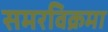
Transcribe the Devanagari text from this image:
समरविक्रमा